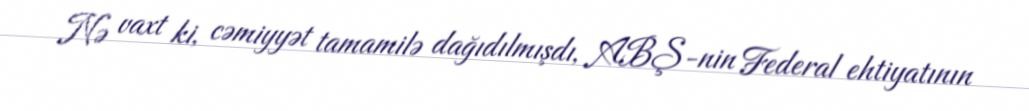
Nə vaxt ki, cəmiyyət tamamilə dağıdılmışdı, ABŞ-nin Federal ehtiyatının